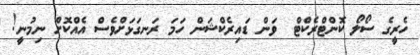
ހެރީގެ ސޯލޯ ކޮންޓްރެކްޓް  ވަން ޑައިރެކްޝަން ހަމަ ރަނގަޅަށްވެސް އެއްކޮށް ނިމުނީ!